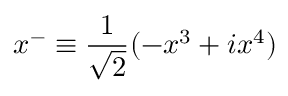
x ^ { - } \equiv \frac { 1 } { \sqrt { 2 } } ( - x ^ { 3 } + i x ^ { 4 } )